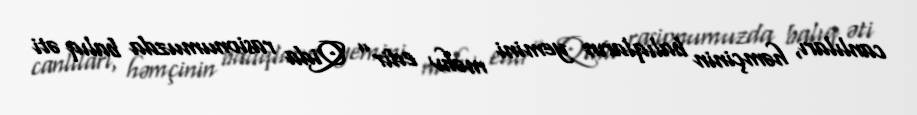
canlıları, həmçinin balıqların yemini məhv edir” Qida rasionumuzda balıq əti